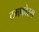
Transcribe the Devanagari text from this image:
टमफोरम